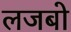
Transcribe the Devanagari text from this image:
लजबो